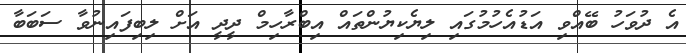
އެ ދުވަހު ބޭއްވި އަޑުއެހުމުގައި ލިޔެކިޔުންތައް އިބްރާހިމް ދީދީ އަށް ލިބިފައިނުވާ ސަބަބާ